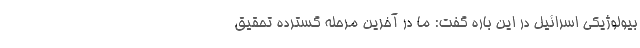
بیولوژیکی اسرائیل در این باره گفت: ما در آخرین مرحله گسترده تحقیق